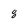
Character: 8